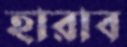
হারাব